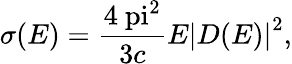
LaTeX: \sigma(E)=\frac{4\mathrm{\ pi}^{2}}{3c}E{|D(E)|}^{2},